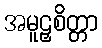
အမူဠှစိတ္တာ